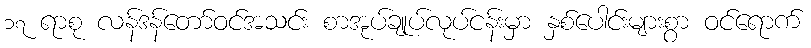
၁၇ ရာစု လန်ဒန်တော်ဝင်အသင်း စာအုပ်ချုပ်လုပ်ငန်းမှာ နှစ်ပေါင်းများစွာ ဝင်ရောက်